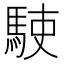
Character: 𩢲